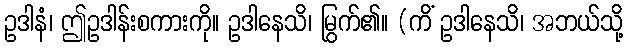
ဥဒါနံ၊ ဤဥဒါန်းစကားကို။ ဥဒါနေသိ၊ မြွက်၏။ (ကိံ ဥဒါနေသိ၊ အဘယ်သို့